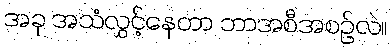
အခု အသံလွှင့်နေတာ ဘာအစီအစဉ်လဲ။